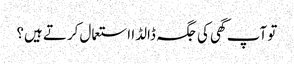
تو آپ گھی کی جگہ ڈالڈا استعمال کرتے ہیں؟